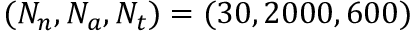
( N _ { n } , N _ { a } , N _ { t } ) = ( 3 0 , 2 0 0 0 , 6 0 0 )